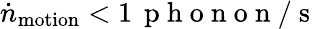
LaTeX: \dot{n}_{\mathrm{motion}}<1\, \mathrm{~p~h~o~n~o~n~}/\mathrm{~s~}